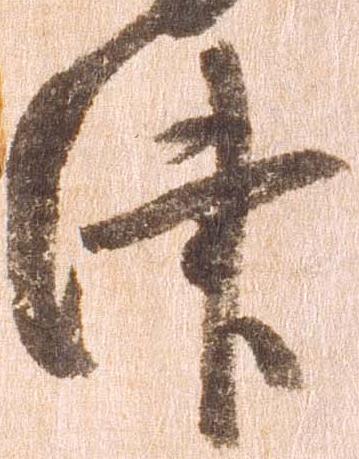
津